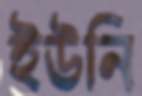
ইউনি